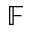
\mathbb { F }